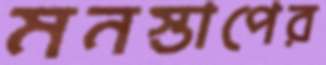
মনস্তাপের